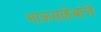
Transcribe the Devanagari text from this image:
भाऊसाहेबांचे